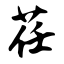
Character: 茌